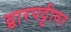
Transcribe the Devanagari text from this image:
द्वारपट्टीवर